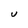
Character: U